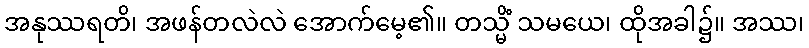
အနုဿရတိ၊ အဖန်တလဲလဲ အောက်မေ့၏။ တသ္မိံ သမယေ၊ ထိုအခါ၌။ အဿ၊